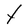
Character: t